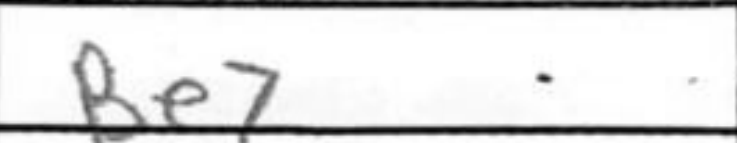
Transcription: Be7